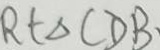
R t \Delta C D B